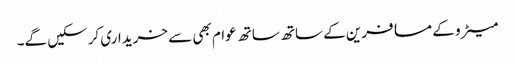
میٹرو کے مسافرین کے ساتھ ساتھ عوام بھی سے خریداری کرسکیں گے۔